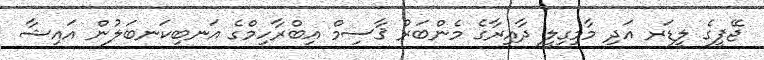
ޖޭޕީގެ ލީޑަރ އަދި މާމިގިލީ ދާއިރާގެ މެންބަރު ޤާސިމް އިބްރާހިމްގެ އަނބިކަނބަލުން އައިޝާ